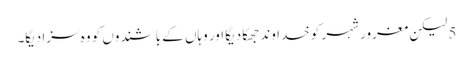
5 لیکن مغرور شہر کو خدا وند جھکا دیگا اور وہاں کے باشندوں کو وہ سزا دیگا۔